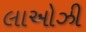
લાઓઝી